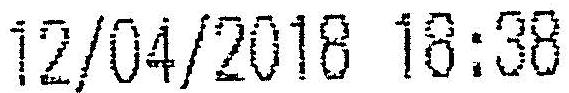
12/04/2018 18:38